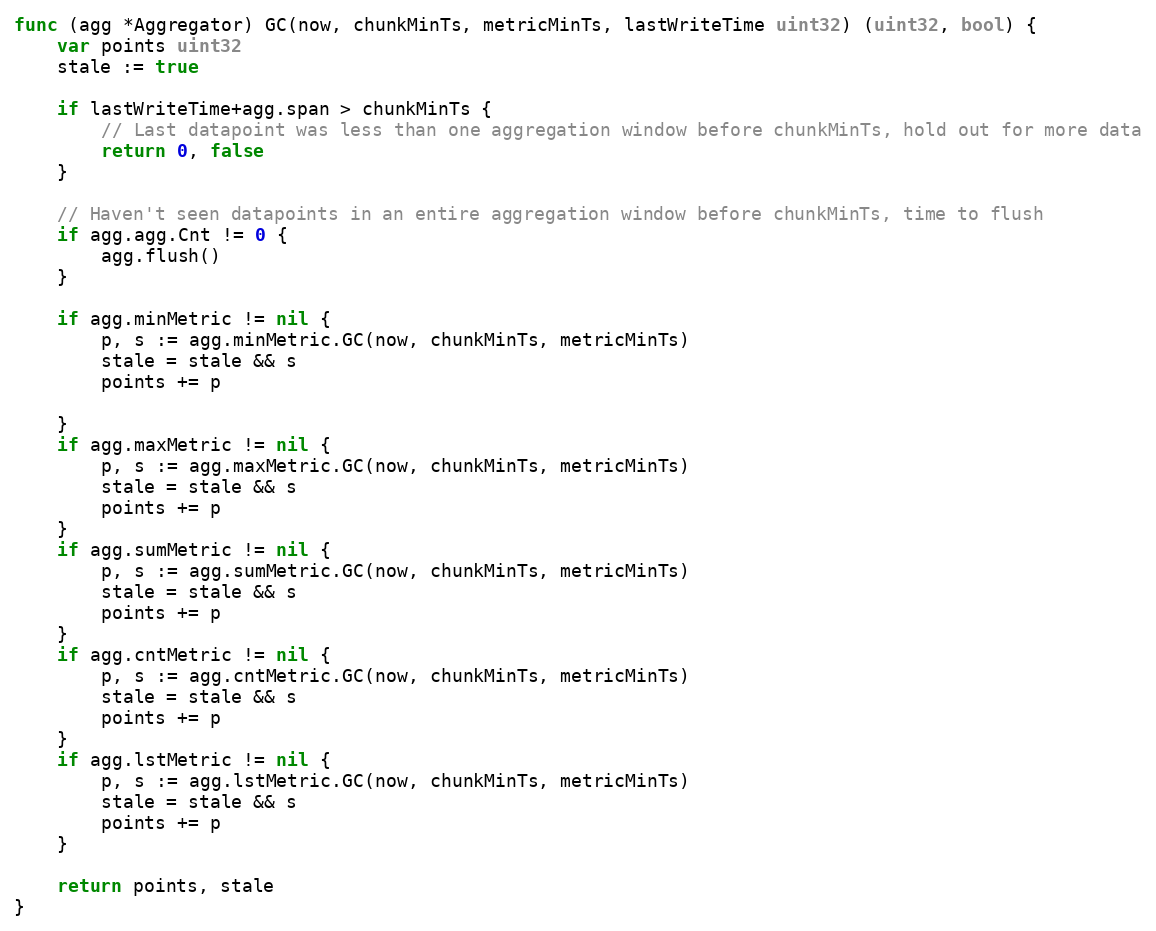
Language: Go
func (agg *Aggregator) GC(now, chunkMinTs, metricMinTs, lastWriteTime uint32) (uint32, bool) {
	var points uint32
	stale := true

	if lastWriteTime+agg.span > chunkMinTs {
		// Last datapoint was less than one aggregation window before chunkMinTs, hold out for more data
		return 0, false
	}

	// Haven't seen datapoints in an entire aggregation window before chunkMinTs, time to flush
	if agg.agg.Cnt != 0 {
		agg.flush()
	}

	if agg.minMetric != nil {
		p, s := agg.minMetric.GC(now, chunkMinTs, metricMinTs)
		stale = stale && s
		points += p

	}
	if agg.maxMetric != nil {
		p, s := agg.maxMetric.GC(now, chunkMinTs, metricMinTs)
		stale = stale && s
		points += p
	}
	if agg.sumMetric != nil {
		p, s := agg.sumMetric.GC(now, chunkMinTs, metricMinTs)
		stale = stale && s
		points += p
	}
	if agg.cntMetric != nil {
		p, s := agg.cntMetric.GC(now, chunkMinTs, metricMinTs)
		stale = stale && s
		points += p
	}
	if agg.lstMetric != nil {
		p, s := agg.lstMetric.GC(now, chunkMinTs, metricMinTs)
		stale = stale && s
		points += p
	}

	return points, stale
}